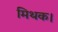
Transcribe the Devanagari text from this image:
मिथक।